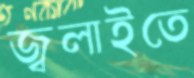
জ্বলাইতে